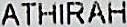
ATHIRAH